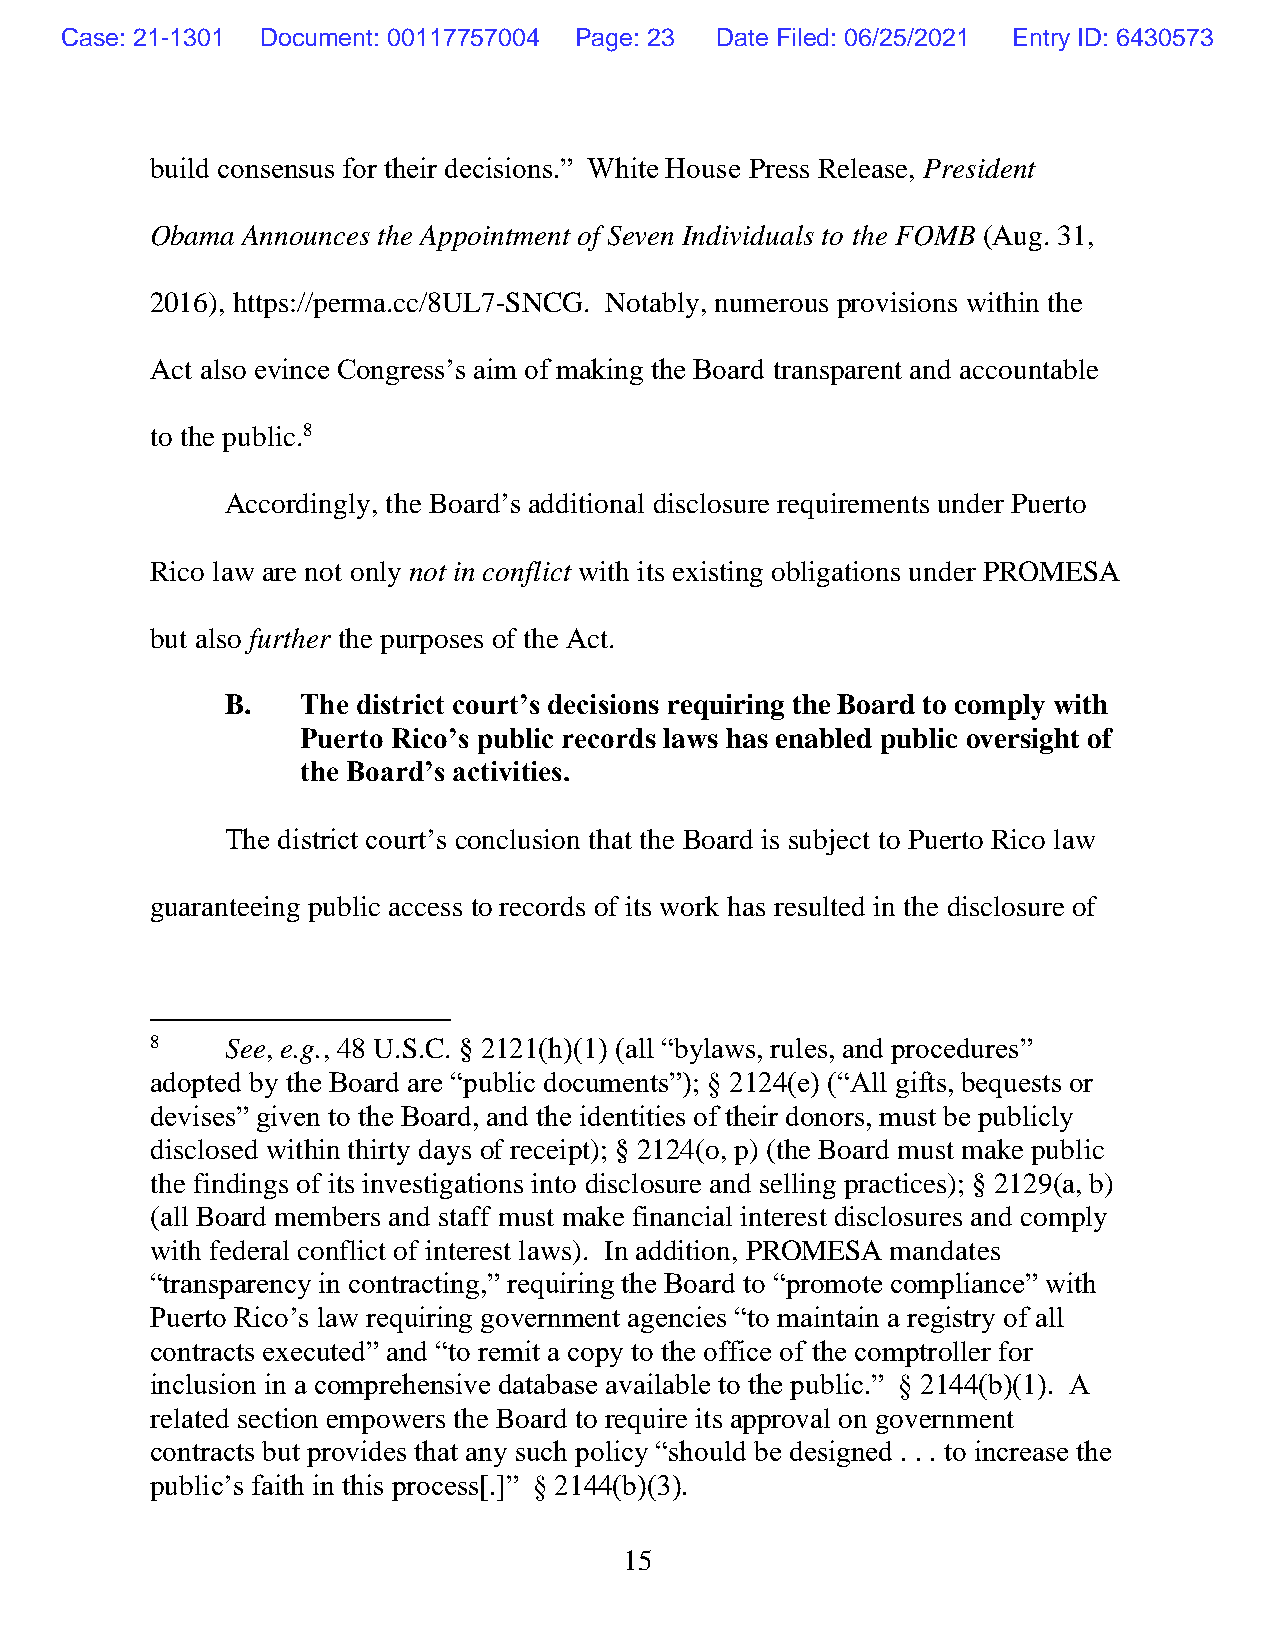
Case: 21-1301 Document: 00117757004 Page: 23 Date Filed: 06/25/2021 Entry ID: 6430573
 build consensus for their decisions.” White House Press Release, President
 Obama Announces the Appointment of Seven Individuals to the FOMB (Aug. 31,
 2016), https://perma.cc/8UL7-SNCG. Notably, numerous provisions within the
 Act also evince Congress’s aim of making the Board transparent and accountable
 to the public.8
 Accordingly, the Board’s additional disclosure requirements under Puerto
 Rico law are not only not in conflict with its existing obligations under PROMESA
 but also further the purposes of the Act.
 B.   The district court’s decisions requiring the Board to comply with
 Puerto Rico’s public records laws has enabled public oversight of
 the Board’s activities.
 The district court’s conclusion that the Board is subject to Puerto Rico law
 guaranteeing public access to records of its work has resulted in the disclosure of
 8    See, e.g., 48 U.S.C. § 2121(h)(1) (all “bylaws, rules, and procedures”
 adopted by the Board are “public documents”); § 2124(e) (“All gifts, bequests or
 devises” given to the Board, and the identities of their donors, must be publicly
 disclosed within thirty days of receipt); § 2124(o, p) (the Board must make public
 the findings of its investigations into disclosure and selling practices); § 2129(a, b)
 (all Board members and staff must make financial interest disclosures and comply
 with federal conflict of interest laws). In addition, PROMESA mandates
 “transparency in contracting,” requiring the Board to “promote compliance” with
 Puerto Rico’s law requiring government agencies “to maintain a registry of all
 contracts executed” and “to remit a copy to the office of the comptroller for
 inclusion in a comprehensive database available to the public.” § 2144(b)(1). A
 related section empowers the Board to require its approval on government
 contracts but provides that any such policy “should be designed . . . to increase the
 public’s faith in this process[.]” § 2144(b)(3).
 15